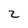
Character: 2